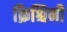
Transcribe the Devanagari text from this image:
क्रिश्चिनी